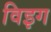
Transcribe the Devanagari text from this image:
विइग